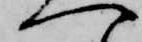
へ